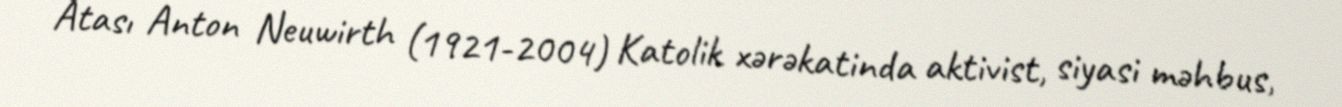
Atası Anton Neuwirth (1921-2004) Katolik xərəkatinda aktivist, siyasi məhbus,